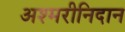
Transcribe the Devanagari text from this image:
अश्मरीनिदान